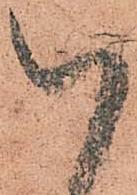
以